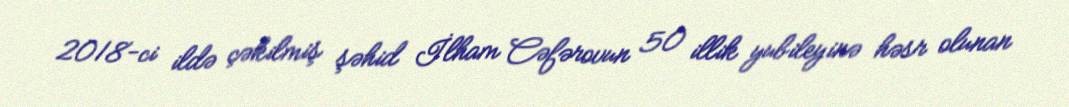
2018-ci ildə çəkilmiş şəhid İlham Cəfərovun 50 illik yubileyinə həsr olunan